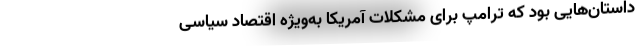
داستان‌هایی بود که ترامپ برای مشکلات آمریکا به‌ویژه اقتصاد سیاسی